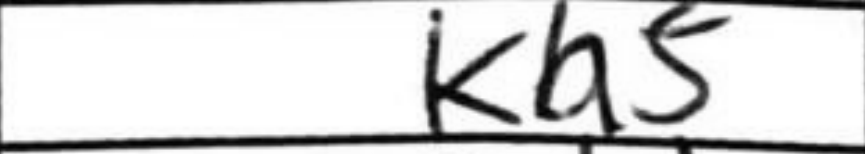
Transcription: Ka5